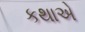
કથાએ